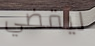
ليقضي